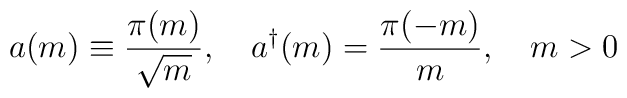
a(m) \equiv \frac {\pi(m)}{\sqrt{m}},\quad a^{\dag}(m) = \frac {\pi(-m)}{m},\quad m > 0